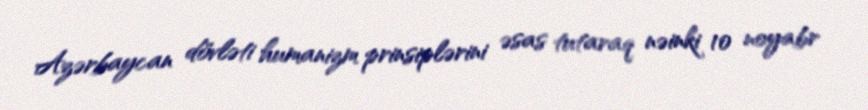
Azərbaycan dövləti humanizm prinsiplərini əsas tutaraq nəinki 10 noyabr